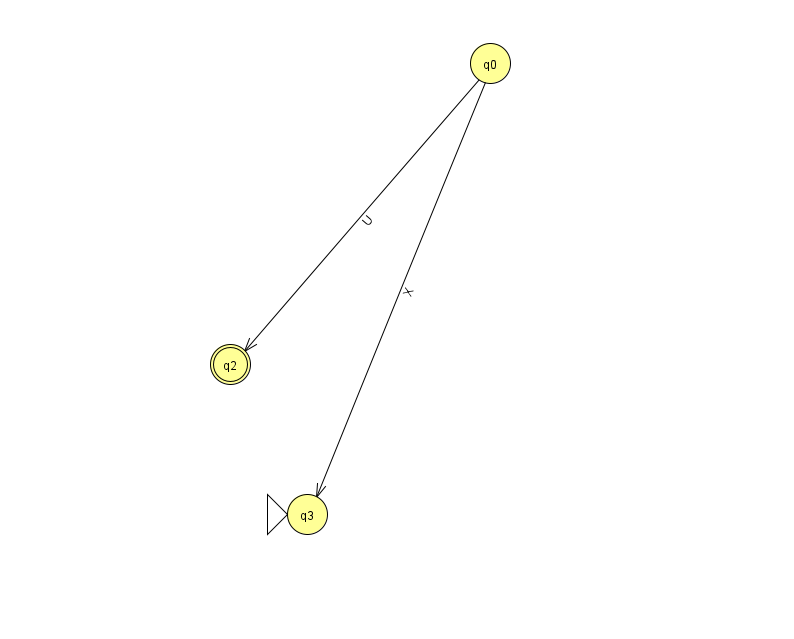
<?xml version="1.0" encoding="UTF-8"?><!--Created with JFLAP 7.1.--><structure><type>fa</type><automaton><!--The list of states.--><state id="0" name="q0"><x>490.0</x><y>50.0</y></state><state id="2" name="q2"><x>230.0</x><y>351.0</y><final/></state><state id="3" name="q3"><x>307.0</x><y>501.0</y><initial/></state><!--The list of transitions.--><transition><from>0</from><to>2</to><read>U</read></transition><transition><from>0</from><to>3</to><read>X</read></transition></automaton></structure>